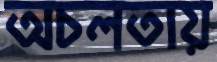
অচলতায়